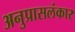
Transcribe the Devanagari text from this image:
अनुप्रासलंकार